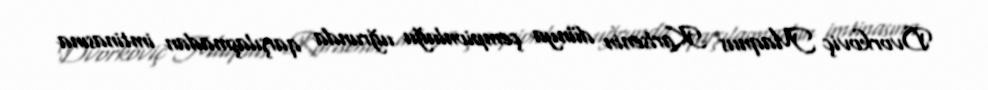
Dvorkoviç Maqnus Karlsenin dünya çempionluğu uğrunda qarşılaşmadan imtinasına